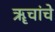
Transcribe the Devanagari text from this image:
ॠचांचे